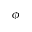
\phi